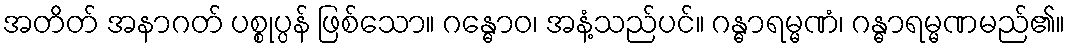
အတိတ် အနာဂတ် ပစ္စုပ္ပန် ဖြစ်သော။ ဂန္ဓောဝ၊ အနံ့သည်ပင်။ ဂန္ဓာရမ္မဏံ၊ ဂန္ဓာရမ္မဏမည်၏။